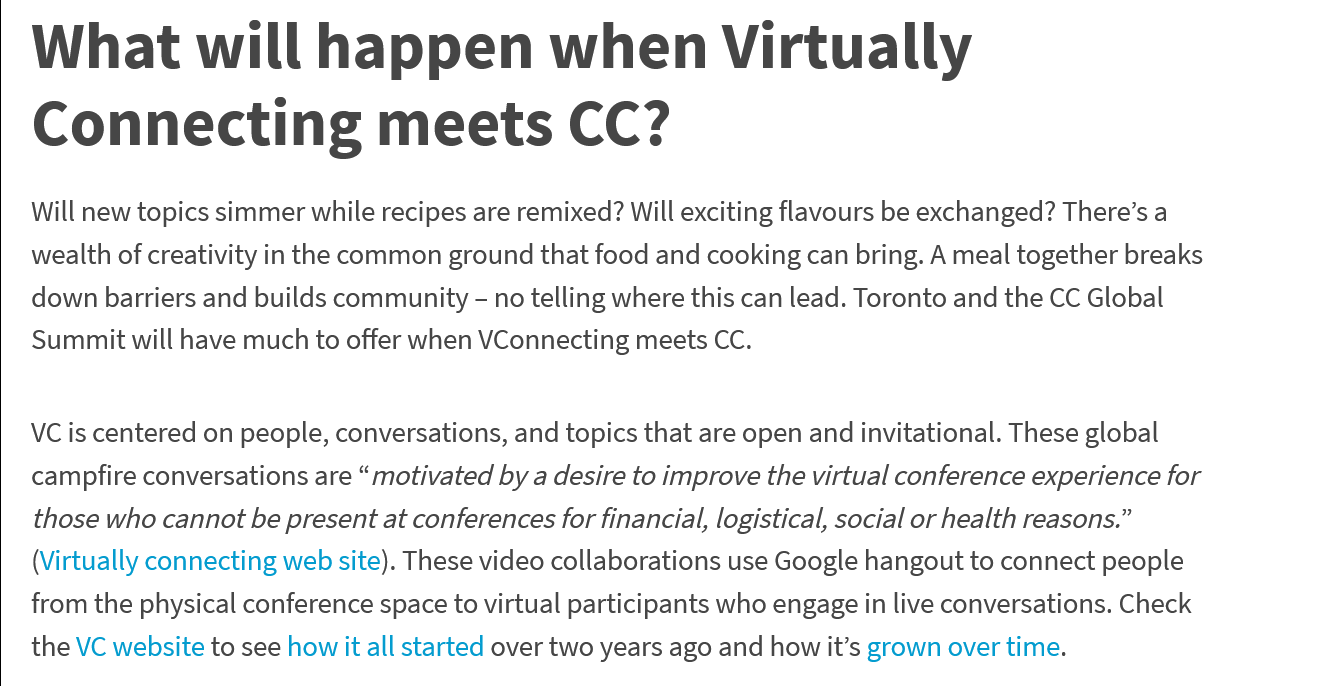
What    will    happen    when    Virtually
   Connecting    meets    CC?
   Will new topics simmer while recipes are remixed? Will exciting flavours be exchanged? There’s a
   wealth of creativity in the common ground that food and cooking can bring. A meal together breaks
   down barriers and builds community - no telling where this can lead. Toronto and the CC Global
   Summit will have much to offer when VConnecting meets CC.
   VC is centered on people, conversations, and topics that are open and invitational. These global
   campfire conversations are “motivated by a desire to improve the virtual conference experience for
   those who cannot be present at conferences for financial, logistical, social or health reasons.”
   (Virtually connecting web site). These video collaborations use Google hangout to connect people
   from the physical conference space to virtual participants who engage in live conversations. Check
   the VC website to see how it all started over two years ago and how it’s grown over time.